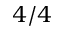
4 / 4